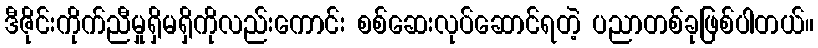
ဒီဇိုင်းကိုက်ညီမှုရှိမရှိကိုလည်းကောင်း စစ်ဆေးလုပ်ဆောင်ရတဲ့ ပညာတစ်ခုဖြစ်ပါတယ်။